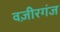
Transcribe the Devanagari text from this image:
वज़ीरगंज